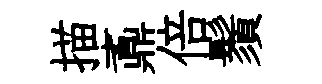
描鼒倍鬚